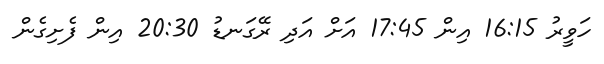
ހަވީރު 16:15 އިން 17:45 އަށް އަދި ރޭގަނޑު 20:30 އިން ފެށިގެން